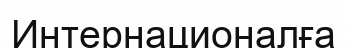
Интернационалға